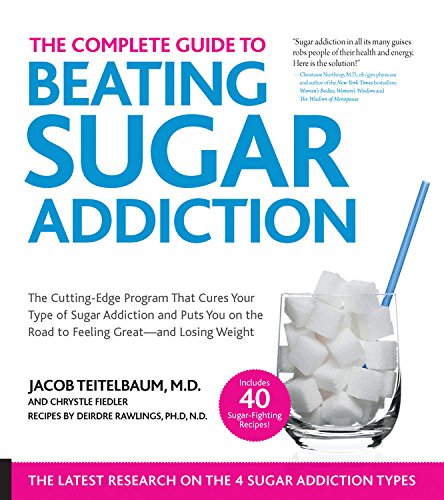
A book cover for The Complete Guide to Beating Sugar Addiction: The Cutting-Edge Program That Cures Your Type of Sugar Addiction and Puts You on the Road to Feeling Great--and Losing Weight!; Jacob Teitelbaum; Health, Fitness & Dieting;